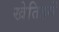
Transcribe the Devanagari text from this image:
खेतिहरों